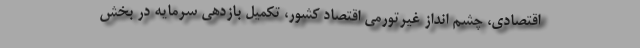
اقتصادی، چشم انداز غیرتورمی اقتصاد کشور، تکمیل بازدهی سرمایه در بخش